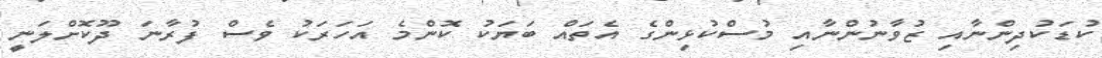
ކުޑަކުދިންނާއި ޒުވާނުންނާއި މުސްކުޅިންގެ އެތައް ބަޔަކު ކޮންމެ އަހަރަކު ވެސް ފުރާނަ ދޫކޮށްލަނީ